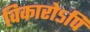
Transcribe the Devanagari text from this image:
विकारोऽपि